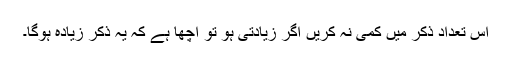
اس تعداد ذکر میں کمی نہ کریں اگر زیادتی ہو تو اچھا ہے کہ یہ ذکر زیادہ ہوگا۔